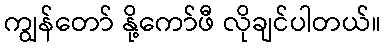
ကျွန်တော် နို့ကော်ဖီ လိုချင်ပါတယ်။